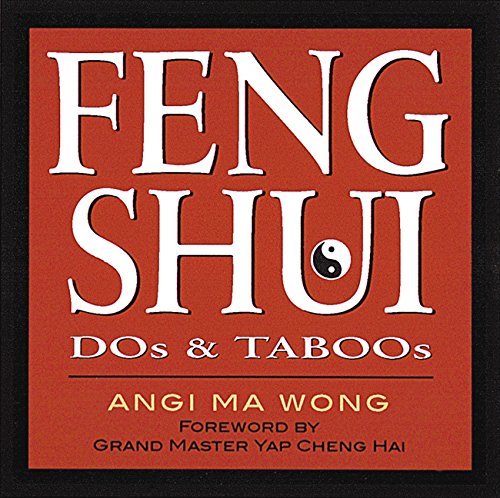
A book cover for Feng Shui Dos & Taboos; Angi Ma Wong; Religion & Spirituality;